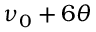
\nu _ { 0 } + 6 \theta